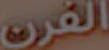
الفرن